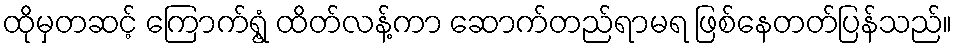
ထိုမှတဆင့် ကြောက်ရွံ့ ထိတ်လန့်ကာ ဆောက်တည်ရာမရ ဖြစ်နေတတ်ပြန်သည်။